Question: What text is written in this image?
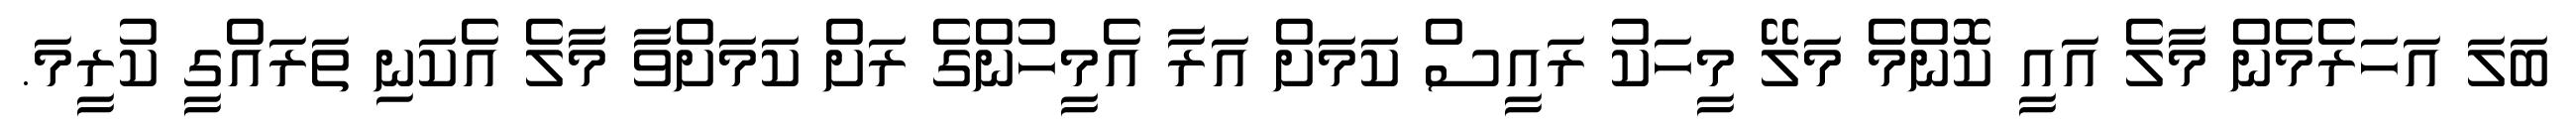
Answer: ބަލަ އަހަރެމެން މާލެ އައީ ކޮންމެ މަލޭ މީހަކު ރައީސް ކަމަށް އަރާ އެމީހުންގެ ރަށް ކަމަށްވާ މާލެ އެކަނި ތަރައްގީ ކުރީމަ.